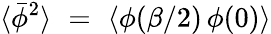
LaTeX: \langle\bar{\phi}^{2}\rangle\, \, =\, \, \langle\phi(\beta/2)\, \phi(0)\rangle